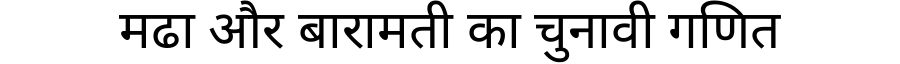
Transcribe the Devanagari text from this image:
मढा और बारामती का चुनावी गणित